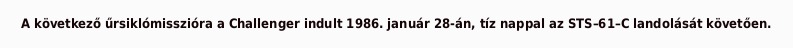
A következő űrsiklómisszióra a Challenger indult 1986. január 28-án, tíz nappal az STS–61–C landolását követően.